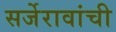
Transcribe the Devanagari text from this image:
सर्जेरावांची